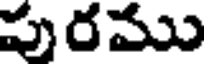
పురము